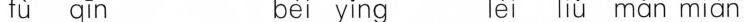
fù qīn bèi yǐng lèi lìú mǎn miàn